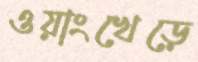
ওয়াংখেড়ে